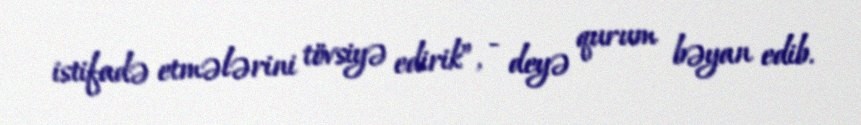
istifadə etmələrini tövsiyə edirik”, - deyə qurum bəyan edib.